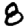
Digit: 8